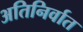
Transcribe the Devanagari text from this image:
अतिनिर्वात